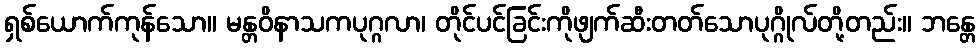
ရှစ်ယောက်ကုန်သော။ မန္တဝိနာသကပုဂ္ဂလာ၊ တိုင်ပင်ခြင်းကိုဖျက်ဆီးတတ်သောပုဂ္ဂိုလ်တို့တည်း။ ဘန္တေ